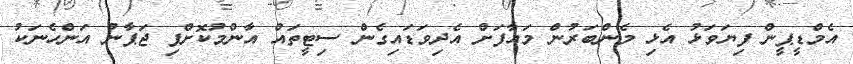
އެމްޑީޕީން ފިޔަވަޅު އެޅި މެންބަރުން މައާފަށް އެދިވަޑައިގެން ސިޓީތައް އާންމުކޮށްފި ޖަޕާނު އަންހެނަކު